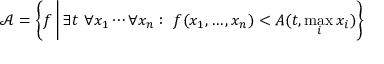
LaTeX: { \mathcal { A } } = \left\{ f \, { \bigg | } \, \exists t \ \forall x _ { 1 } \cdots \forall x _ { n } : \ f ( x _ { 1 } , \ldots , x _ { n } ) < A ( t , \operatorname* { m a x } _ { i } x _ { i } ) \right\}